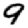
Digit: 9